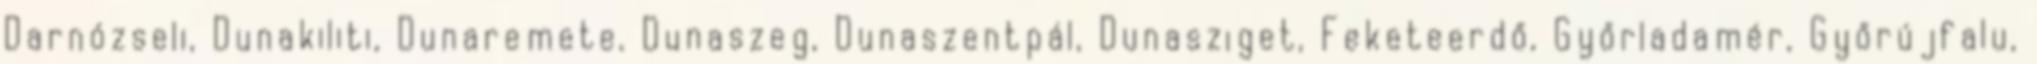
Darnózseli, Dunakiliti, Dunaremete, Dunaszeg, Dunaszentpál, Dunasziget, Feketeerdő, Győrladamér, Győrújfalu,